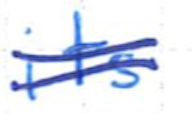
Text: its
Cross-out: double-line
Writing tool: ballpoint